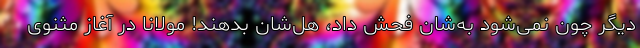
دیگر چون نمی‌شود به‌شان فحش داد، هُل‌شان بدهند! مولانا در آغاز مثنوی